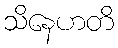
သိနေဟတိ